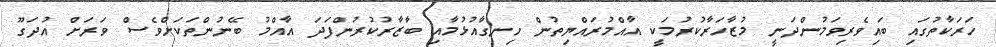
ހަރަކާތުގައި ބައިވެރިވަމުންދަނީ މުޒާހަރާކުރުމަކީ އާއްމުރައްޔިތުން ހިނގާއުޅުމާއި ބާޒާރުކުރުންފަދަ އާއްމު ބޭނުންތަކަށްވެސް ވަރަށް އުދަގޫ